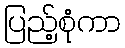
ပြည့်စုံကာ